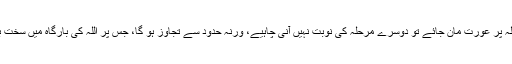
اگر پہلے مرحلہ پر عورت مان جائے تو دوسرے مرحلہ کی نوبت نہیں آنی چاہیے، ورنہ حدود سے تجاوز ہو گا، جس پر اللہ کی بارگاہ میں سخت بازپرس ہوگی۔